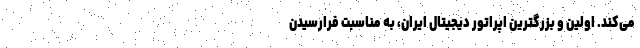
می‌کند. اولین و بزرگترین اپراتور دیجیتال ایران، به مناسبت فرارسیدن